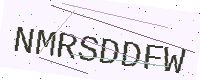
Text: NMRSDDFW